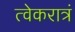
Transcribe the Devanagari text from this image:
त्वेकरात्रं